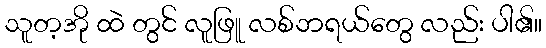
သူတ့အို ထဲ တွင် လူဖြူ လစ်ဘရယ်တွေ လည်း ပါ၏။